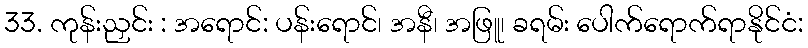
33. ကုန်းညှင်း : အရောင်: ပန်းရောင်၊ အနီ၊ အဖြူ၊ ခရမ်း ပေါက်ရောက်ရာနိုင်ငံ: